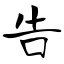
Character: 告